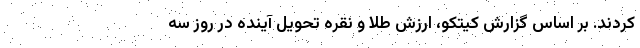
کردند. بر اساس گزارش کیتکو، ارزش طلا و نقره تحویل آینده در روز سه